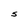
Character: S